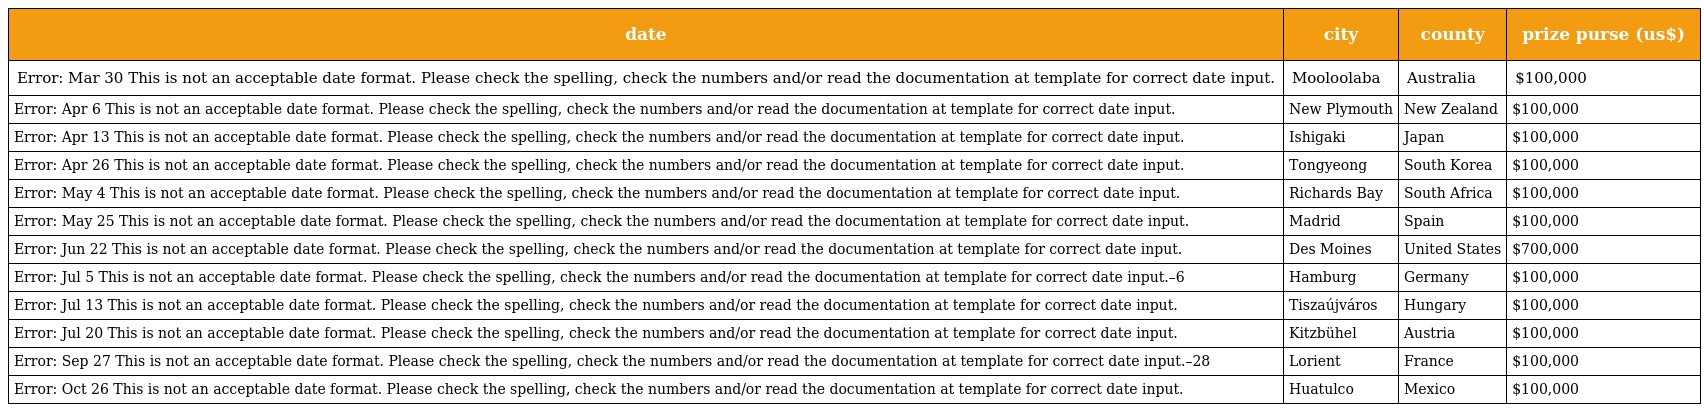
| date | city | county | prize purse (us$) |
 | --- | --- | --- | --- |
 | Error: Mar 30 This is not an acceptable date format. Please check the spelling, check the numbers and/or read the documentation at template for correct date input. | Mooloolaba | Australia | $100,000 |
 | Error: Apr 6 This is not an acceptable date format. Please check the spelling, check the numbers and/or read the documentation at template for correct date input. | New Plymouth | New Zealand | $100,000 |
 | Error: Apr 13 This is not an acceptable date format. Please check the spelling, check the numbers and/or read the documentation at template for correct date input. | Ishigaki | Japan | $100,000 |
 | Error: Apr 26 This is not an acceptable date format. Please check the spelling, check the numbers and/or read the documentation at template for correct date input. | Tongyeong | South Korea | $100,000 |
 | Error: May 4 This is not an acceptable date format. Please check the spelling, check the numbers and/or read the documentation at template for correct date input. | Richards Bay | South Africa | $100,000 |
 | Error: May 25 This is not an acceptable date format. Please check the spelling, check the numbers and/or read the documentation at template for correct date input. | Madrid | Spain | $100,000 |
 | Error: Jun 22 This is not an acceptable date format. Please check the spelling, check the numbers and/or read the documentation at template for correct date input. | Des Moines | United States | $700,000 |
 | Error: Jul 5 This is not an acceptable date format. Please check the spelling, check the numbers and/or read the documentation at template for correct date input.–6 | Hamburg | Germany | $100,000 |
 | Error: Jul 13 This is not an acceptable date format. Please check the spelling, check the numbers and/or read the documentation at template for correct date input. | Tiszaújváros | Hungary | $100,000 |
 | Error: Jul 20 This is not an acceptable date format. Please check the spelling, check the numbers and/or read the documentation at template for correct date input. | Kitzbühel | Austria | $100,000 |
 | Error: Sep 27 This is not an acceptable date format. Please check the spelling, check the numbers and/or read the documentation at template for correct date input.–28 | Lorient | France | $100,000 |
 | Error: Oct 26 This is not an acceptable date format. Please check the spelling, check the numbers and/or read the documentation at template for correct date input. | Huatulco | Mexico | $100,000 |